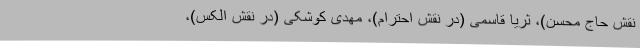
نقش حاج محسن)، ثریا قاسمی (در نقش احترام)، مهدی کوشکی (در نقش الکس)،